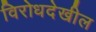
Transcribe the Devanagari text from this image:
विरोधदेखील